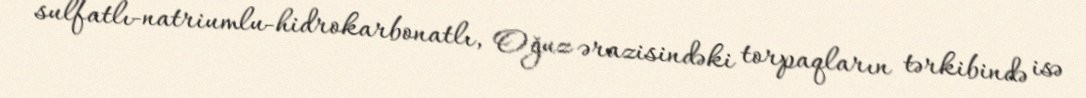
sulfatlı-natriumlu-hidrokarbonatlı, Oğuz ərazisindəki torpaqların tərkibində isə